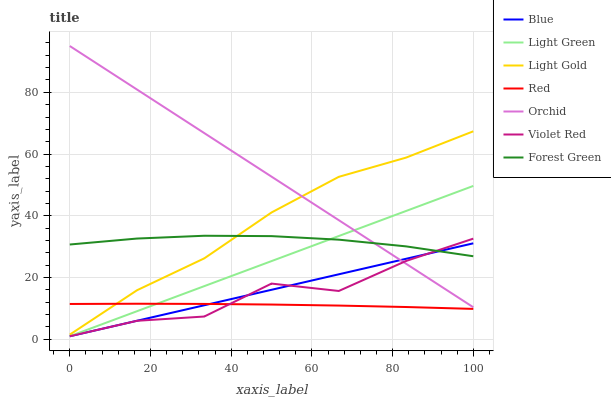
| xaxis_label | Blue | Light Green | Light Gold | Red | Orchid | Violet Red | Forest Green |
 | --- | --- | --- | --- | --- | --- | --- | --- |
 | 0 | 1 | 1 | 1.53 | 11.5 | 95 | 1 | 30.7 |
 | 16.7 | 6.02 | 9.11 | 15.9 | 11.5 | 80.9 | 6 | 32.6 |
 | 33.3 | 11 | 17.2 | 26.2 | 11.5 | 66.8 | 7.39 | 33.5 |
 | 50 | 16 | 25.3 | 41.1 | 11.3 | 52.7 | 18.1 | 33.4 |
 | 66.7 | 21.1 | 33.5 | 52.6 | 10.9 | 38.6 | 15.7 | 32.3 |
 | 83.3 | 26.1 | 41.6 | 58.9 | 10.5 | 24.5 | 25.4 | 30.1 |
 | 100 | 31.1 | 49.7 | 67.4 | 9.86 | 10.4 | 32.6 | 26.9 |